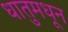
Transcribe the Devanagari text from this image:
धातुमधून